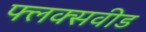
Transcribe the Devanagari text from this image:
फ्लक्सवीड